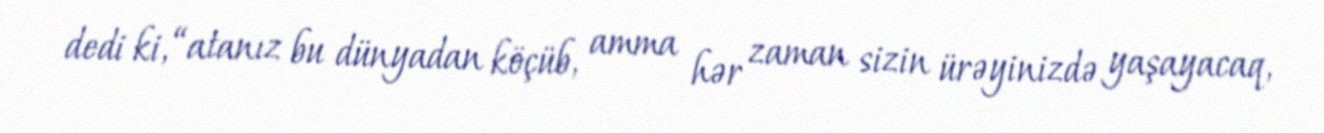
dedi ki, “atanız bu dünyadan köçüb, amma hər zaman sizin ürəyinizdə yaşayacaq,